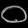
Digit: ၀